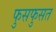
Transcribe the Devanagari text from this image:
फुसफुसत